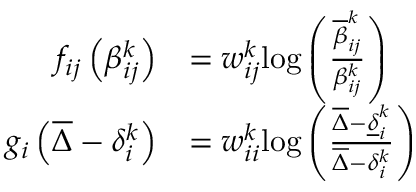
\begin{array} { r l } { f _ { i j } \left( \beta _ { i j } ^ { k } \right) } & { = w _ { i j } ^ { k } \mathrm { l o g } \left( \frac { \overline { { \beta } } _ { i j } ^ { k } } { \beta _ { i j } ^ { k } } \right) } \\ { g _ { i } \left( \overline { { \Delta } } - \delta _ { i } ^ { k } \right) } & { = w _ { i i } ^ { k } \mathrm { l o g } \left( \frac { \overline { { \Delta } } - \underline { { \delta } } _ { i } ^ { k } } { \overline { { \Delta } } - \delta _ { i } ^ { k } } \right) } \end{array}